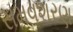
સમવશરણ